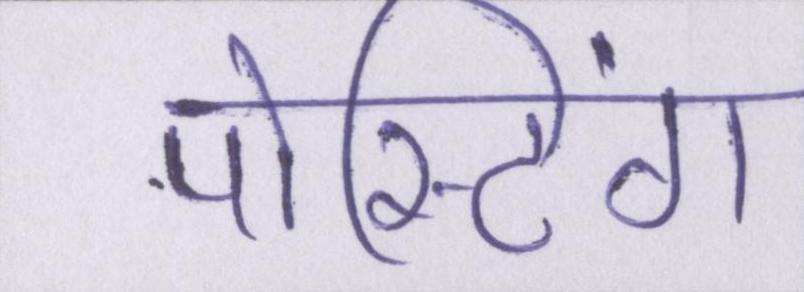
पोस्टिंग